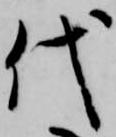
代